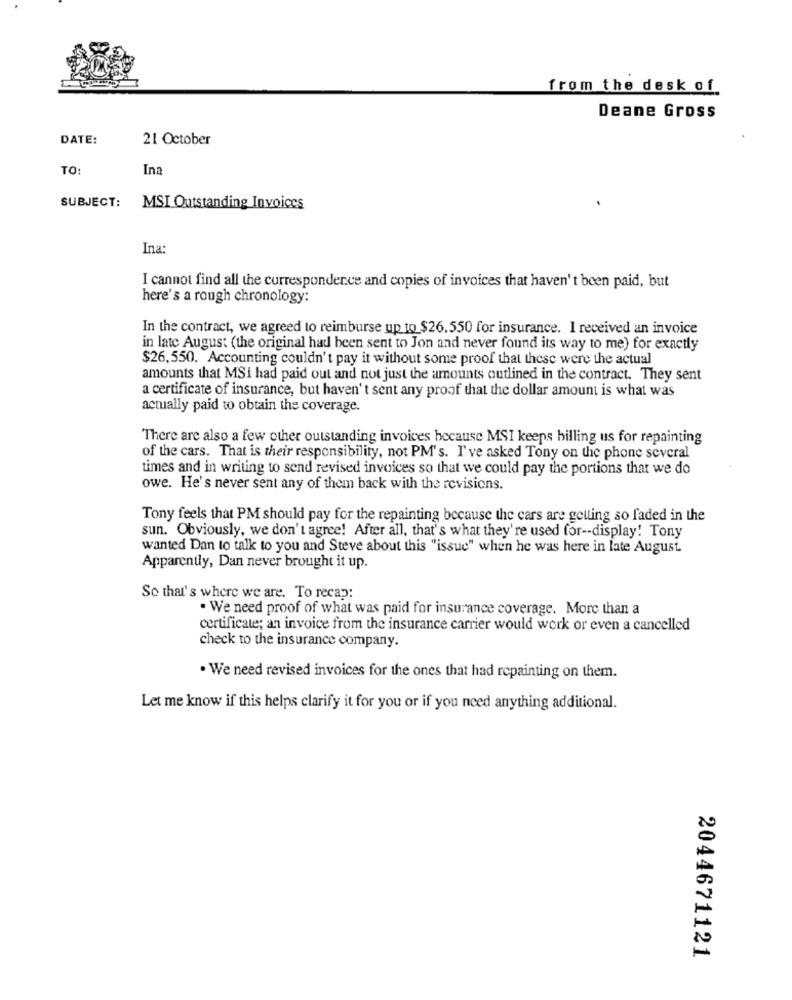
from the desk of
Deane Gross
DATE:
21 October
TO:
Ina
SUBJECT:
MSI Outstanding Invoices
Ina:
I cannot find all the correspondence and copies of invoices that haven't been paid, but
here's a rough chronology:
In the contract, we agreed to reimburse up to $26.550 for insurance. I received an invoice
in late August (the original had been sent to Jon and never found its way to me) for exactly
$26,550. Accounting couldn't pay it without some proof that these were the actual
amounts that MSI had paid out and not just the amounts outlined in the contract. They sent
a certificate of insurance, but haven't sent any proof that the dollar amount is what was
actually paid to obtain the coverage.
There are also a few other outstanding invoices because MSI keeps billing us for repainting
of the cars. That is their responsibility, not PM's. I've asked Tony on the phone several
times and in writing to send revised invoices so that we could pay the portions that we do
owe. He's never sent any of them back with the revisions.
Tony feels that PM should pay for the repainting because the cars are getting so faded in the
sun. Obviously, we don't agree! After all, that's what they're used for -- display! Tony
wanted Dan to talk to you and Steve about this "issue" when he was here in late August.
Apparently, Dan never brought it up.
So that's where we are. To recap:
. We need proof of what was paid for insurance coverage. More than a
certificate; an invoice from the insurance carrier would work or even a cancelled
check to the insurance company.
. We need revised invoices for the ones that had repainting on them.
Let me know if this helps clarify it for you or if you need anything additional.
2044671121